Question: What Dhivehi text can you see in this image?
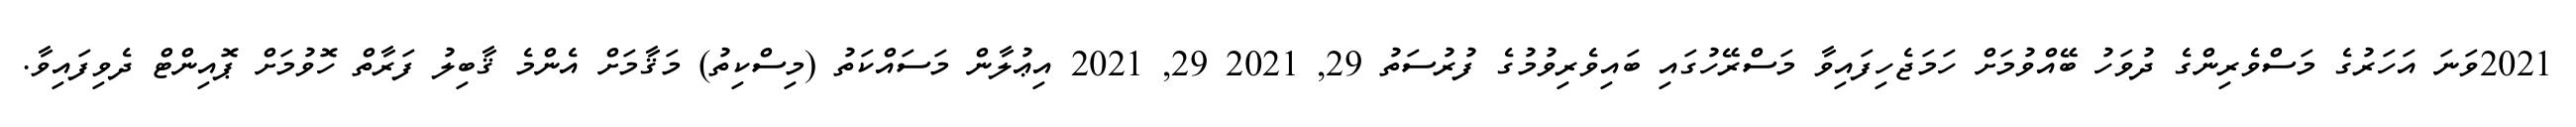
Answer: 2021ވަނަ އަހަރުގެ މަސްވެރިންގެ ދުވަހު ބޭއްވުމަށް ހަމަޖެހިފައިވާ މަސްރޭހުގައި ބައިވެރިވުމުގެ ފުރުސަތު 29, 2021 29, 2021 އިޢުލާން މަސައްކަތު (މިސްކިތު) މަޤާމަށް އެންމެ ޤާބިލު ފަރާތް ހޮވުމަށް ޕޮއިންޓް ދެވިފައިވާ.